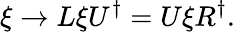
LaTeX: \xi\rightarrow L\xi U^{\dagger}=U\xi R^{\dagger}.